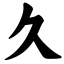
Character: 久